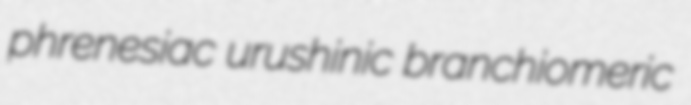
phrenesiac urushinic branchiomeric